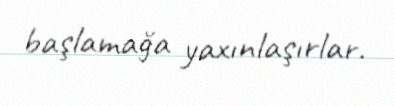
başlamağa yaxınlaşırlar.